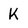
Character: k